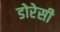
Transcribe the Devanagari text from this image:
डोरेसी